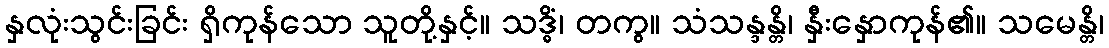
နှလုံးသွင်းခြင်း ရှိကုန်သော သူတို့နှင့်။ သဒ္ဓိံ၊ တကွ။ သံသန္ဒန္တိ၊ နှီးနှောကုန်၏။ သမေန္တိ၊